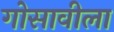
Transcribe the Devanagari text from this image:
गोसावीला